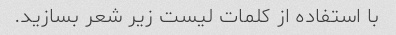
با استفاده از کلمات لیست زیر شعر بسازید.